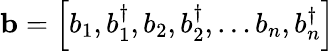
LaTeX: \mathbf{b}=\left[b_{1},b_{1}^{\dagger},b_{2},b_{2}^{\dagger},\ldots b_{n},b_{n}^{\dagger}\right]